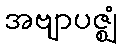
အဗျာပဇ္ဈံ